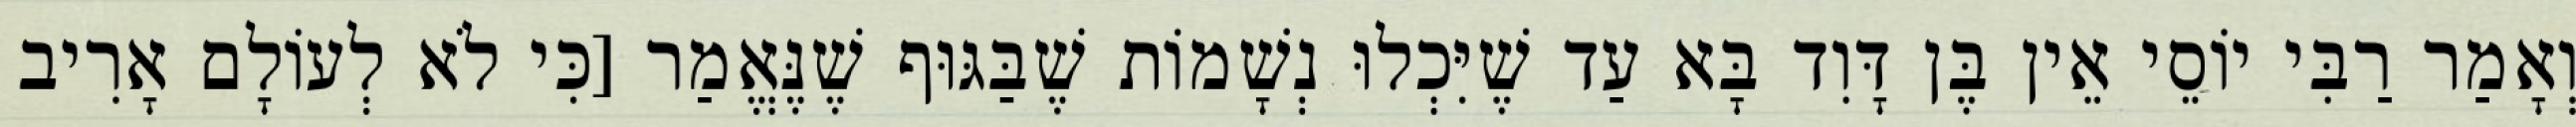
וְאָמַר רַבִּי יוֹסֵי אֵין בֶּן דָּוִד בָּא עַד שֶׁיִּכְלוּ נְשָׁמוֹת שֶׁבַּגּוּף שֶׁנֶּאֱמַר [כִּי לֹא לְעוֹלָם אָרִיב